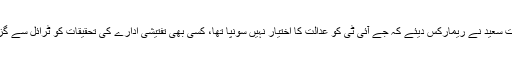
جسٹس عظمت سعید نے ریمارکس دیئے کہ جے آئی ٹی کو عدالت کا اختیار نہیں سونپا تھا، کسی بھی تفتیشی ادارے کی تحقیقات کو ٹرائل سے گزرنا ہوتا ہے۔